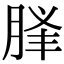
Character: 𦛥